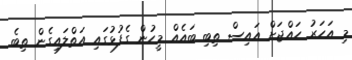
މި އަހަރު ހައްޖަށް އައިސް ތިބި ބައެއް މީހުން ގެފުޅުގައި އަތްލައިގެން ތިބެ